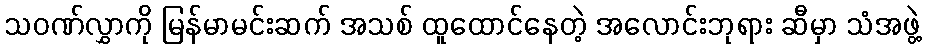
သဝဏ်လွှာကို မြန်မာမင်းဆက် အသစ် ထူထောင်နေတဲ့ အလောင်းဘုရား ဆီမှာ သံအဖွဲ့